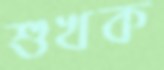
শুখক